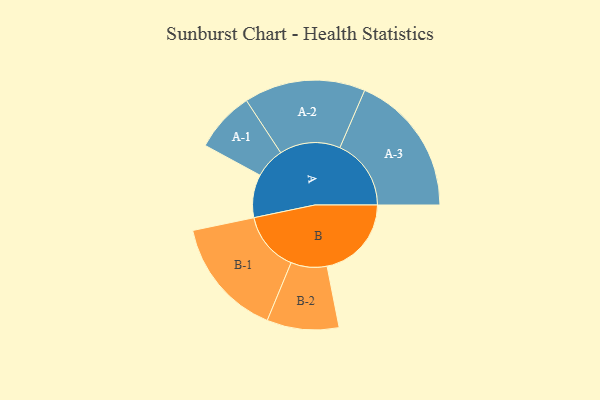
{"axis": {"x": "Segment", "y": "Value"}, "legend": ["", "A", "B"], "data": [{"x": "A", "y": 171, "type": ""}, {"x": "B", "y": 335, "type": ""}, {"x": "A-1", "y": 120, "type": "A"}, {"x": "A-2", "y": 241, "type": "A"}, {"x": "A-3", "y": 283, "type": "A"}, {"x": "B-1", "y": 237, "type": "B"}, {"x": "B-2", "y": 143, "type": "B"}]}